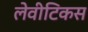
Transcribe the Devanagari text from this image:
लेवीटिकस